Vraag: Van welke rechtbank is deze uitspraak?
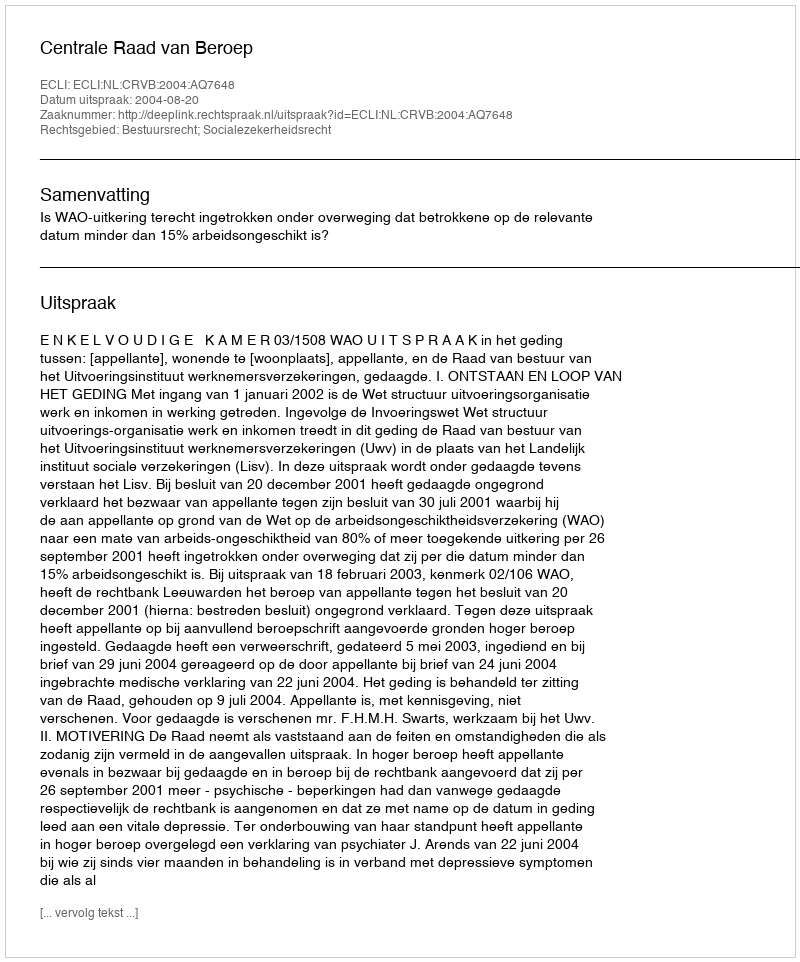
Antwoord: Centrale Raad van Beroep